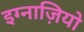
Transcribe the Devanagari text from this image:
इग्नाज़ियो